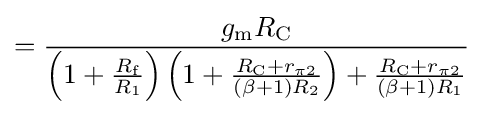
={\frac {g_{\mathrm {m} }R_{\mathrm {C} }}{\left(1+{\frac {R_{\mathrm {f} }}{R_{1}}}\right)\left(1+{\frac {R_{\mathrm {C} }+r_{\pi 2}}{(\beta +1)R_{2}}}\right)+{\frac {R_{\mathrm {C} }+r_{\pi 2}}{(\beta +1)R_{1}}}}}\